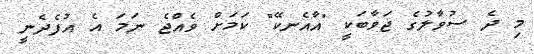
މި ދެ ސުވާލުގެ ޖަވާބަކީ "އާއެނކޭ" ކަމަށް ވެއްޖެ ނަމަ އެ އުފެދެނީ